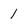
Character: 1